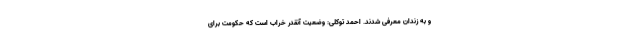
و به زندان معرفی شدند. احمد توکلی: وضعیت آنقدر خراب است که حکومت برای